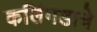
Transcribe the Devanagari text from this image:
कलिंगडाचे